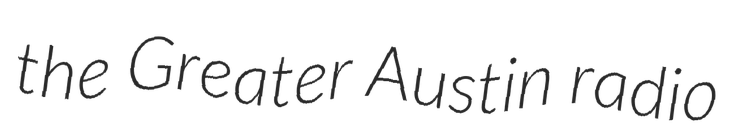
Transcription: the Greater Austin radio